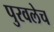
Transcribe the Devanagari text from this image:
पुरवलेच